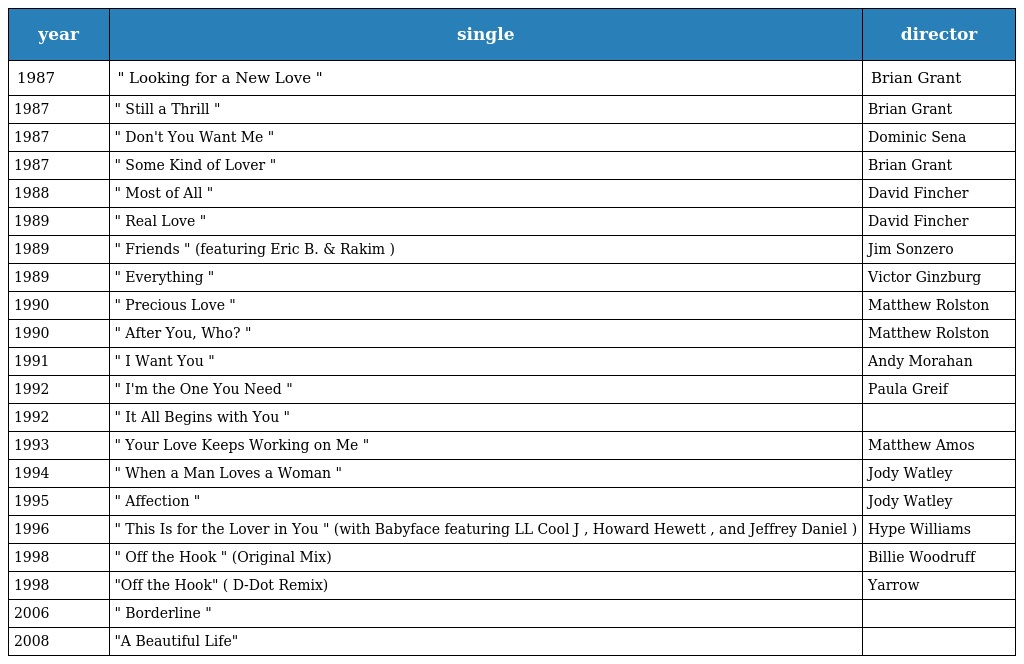
| year | single | director |
 | --- | --- | --- |
 | 1987 | " Looking for a New Love " | Brian Grant |
 | 1987 | " Still a Thrill " | Brian Grant |
 | 1987 | " Don't You Want Me " | Dominic Sena |
 | 1987 | " Some Kind of Lover " | Brian Grant |
 | 1988 | " Most of All " | David Fincher |
 | 1989 | " Real Love " | David Fincher |
 | 1989 | " Friends " (featuring Eric B. & Rakim ) | Jim Sonzero |
 | 1989 | " Everything " | Victor Ginzburg |
 | 1990 | " Precious Love " | Matthew Rolston |
 | 1990 | " After You, Who? " | Matthew Rolston |
 | 1991 | " I Want You " | Andy Morahan |
 | 1992 | " I'm the One You Need " | Paula Greif |
 | 1992 | " It All Begins with You " |  |
 | 1993 | " Your Love Keeps Working on Me " | Matthew Amos |
 | 1994 | " When a Man Loves a Woman " | Jody Watley |
 | 1995 | " Affection " | Jody Watley |
 | 1996 | " This Is for the Lover in You " (with Babyface featuring LL Cool J , Howard Hewett , and Jeffrey Daniel ) | Hype Williams |
 | 1998 | " Off the Hook " (Original Mix) | Billie Woodruff |
 | 1998 | "Off the Hook" ( D-Dot Remix) | Yarrow |
 | 2006 | " Borderline " |  |
 | 2008 | "A Beautiful Life" |  |